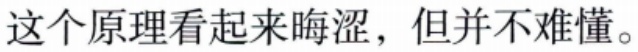
这个原理看起来晦涩，但并不难懂。